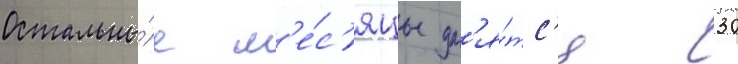
Остальны́е м'е́с'яцы дл'я́тс'я 30